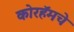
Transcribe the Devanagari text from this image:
कोरहॅमचे